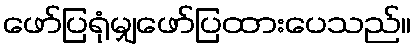
ဖော်ပြရုံမျှဖော်ပြထားပေသည်။